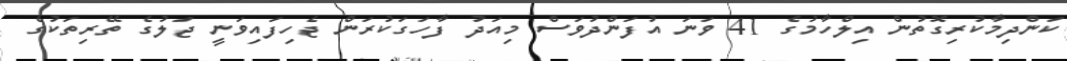
ކަންދިމާކުރިގޮތުން އިލްހާމުގެ 41 ވަނަ އުފަންދުވަސް މިއަދު ފާހަގަކުރަން ޖެހިފައިވަނީ ޖަލުގެ ތޭރިތަކުގެ